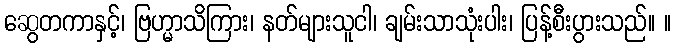
ဆွေတကာနှင့်၊ ဗြဟ္မာသိကြား၊ နတ်များသူငါ၊ ချမ်းသာသုံးပါး၊ ပြန့်စီးပွားသည်။ ။